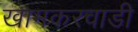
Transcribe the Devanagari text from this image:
खामकरवाडी